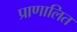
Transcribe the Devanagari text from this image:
प्राणालित